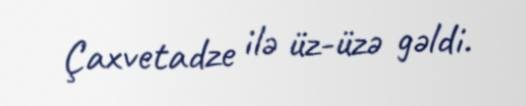
Çaxvetadze ilə üz-üzə gəldi.